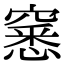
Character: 窸